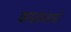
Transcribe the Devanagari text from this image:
कप्‍तानाने